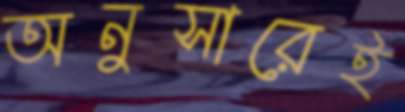
অনুসারেই